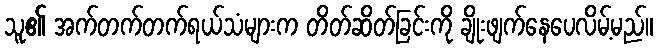
သူ၏ အက်တက်တက်ရယ်သံများက တိတ်ဆိတ်ခြင်းကို ချိုးဖျက်နေပေလိမ့်မည်။